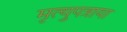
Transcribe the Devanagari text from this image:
मृत्युपत्राया